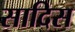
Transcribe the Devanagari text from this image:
सादिस